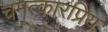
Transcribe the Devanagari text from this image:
चमत्कारप्रिय